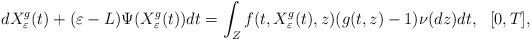
LaTeX: \begin{align*} dX^{g}_{\varepsilon}(t)+(\varepsilon-L)\Psi(X^{g}_{\varepsilon}(t))dt=\int_{Z}f(t,X^{g}_{\varepsilon}(t),z)(g(t,z)-1)\nu(dz)dt,\ \ [0,T],\end{align*}